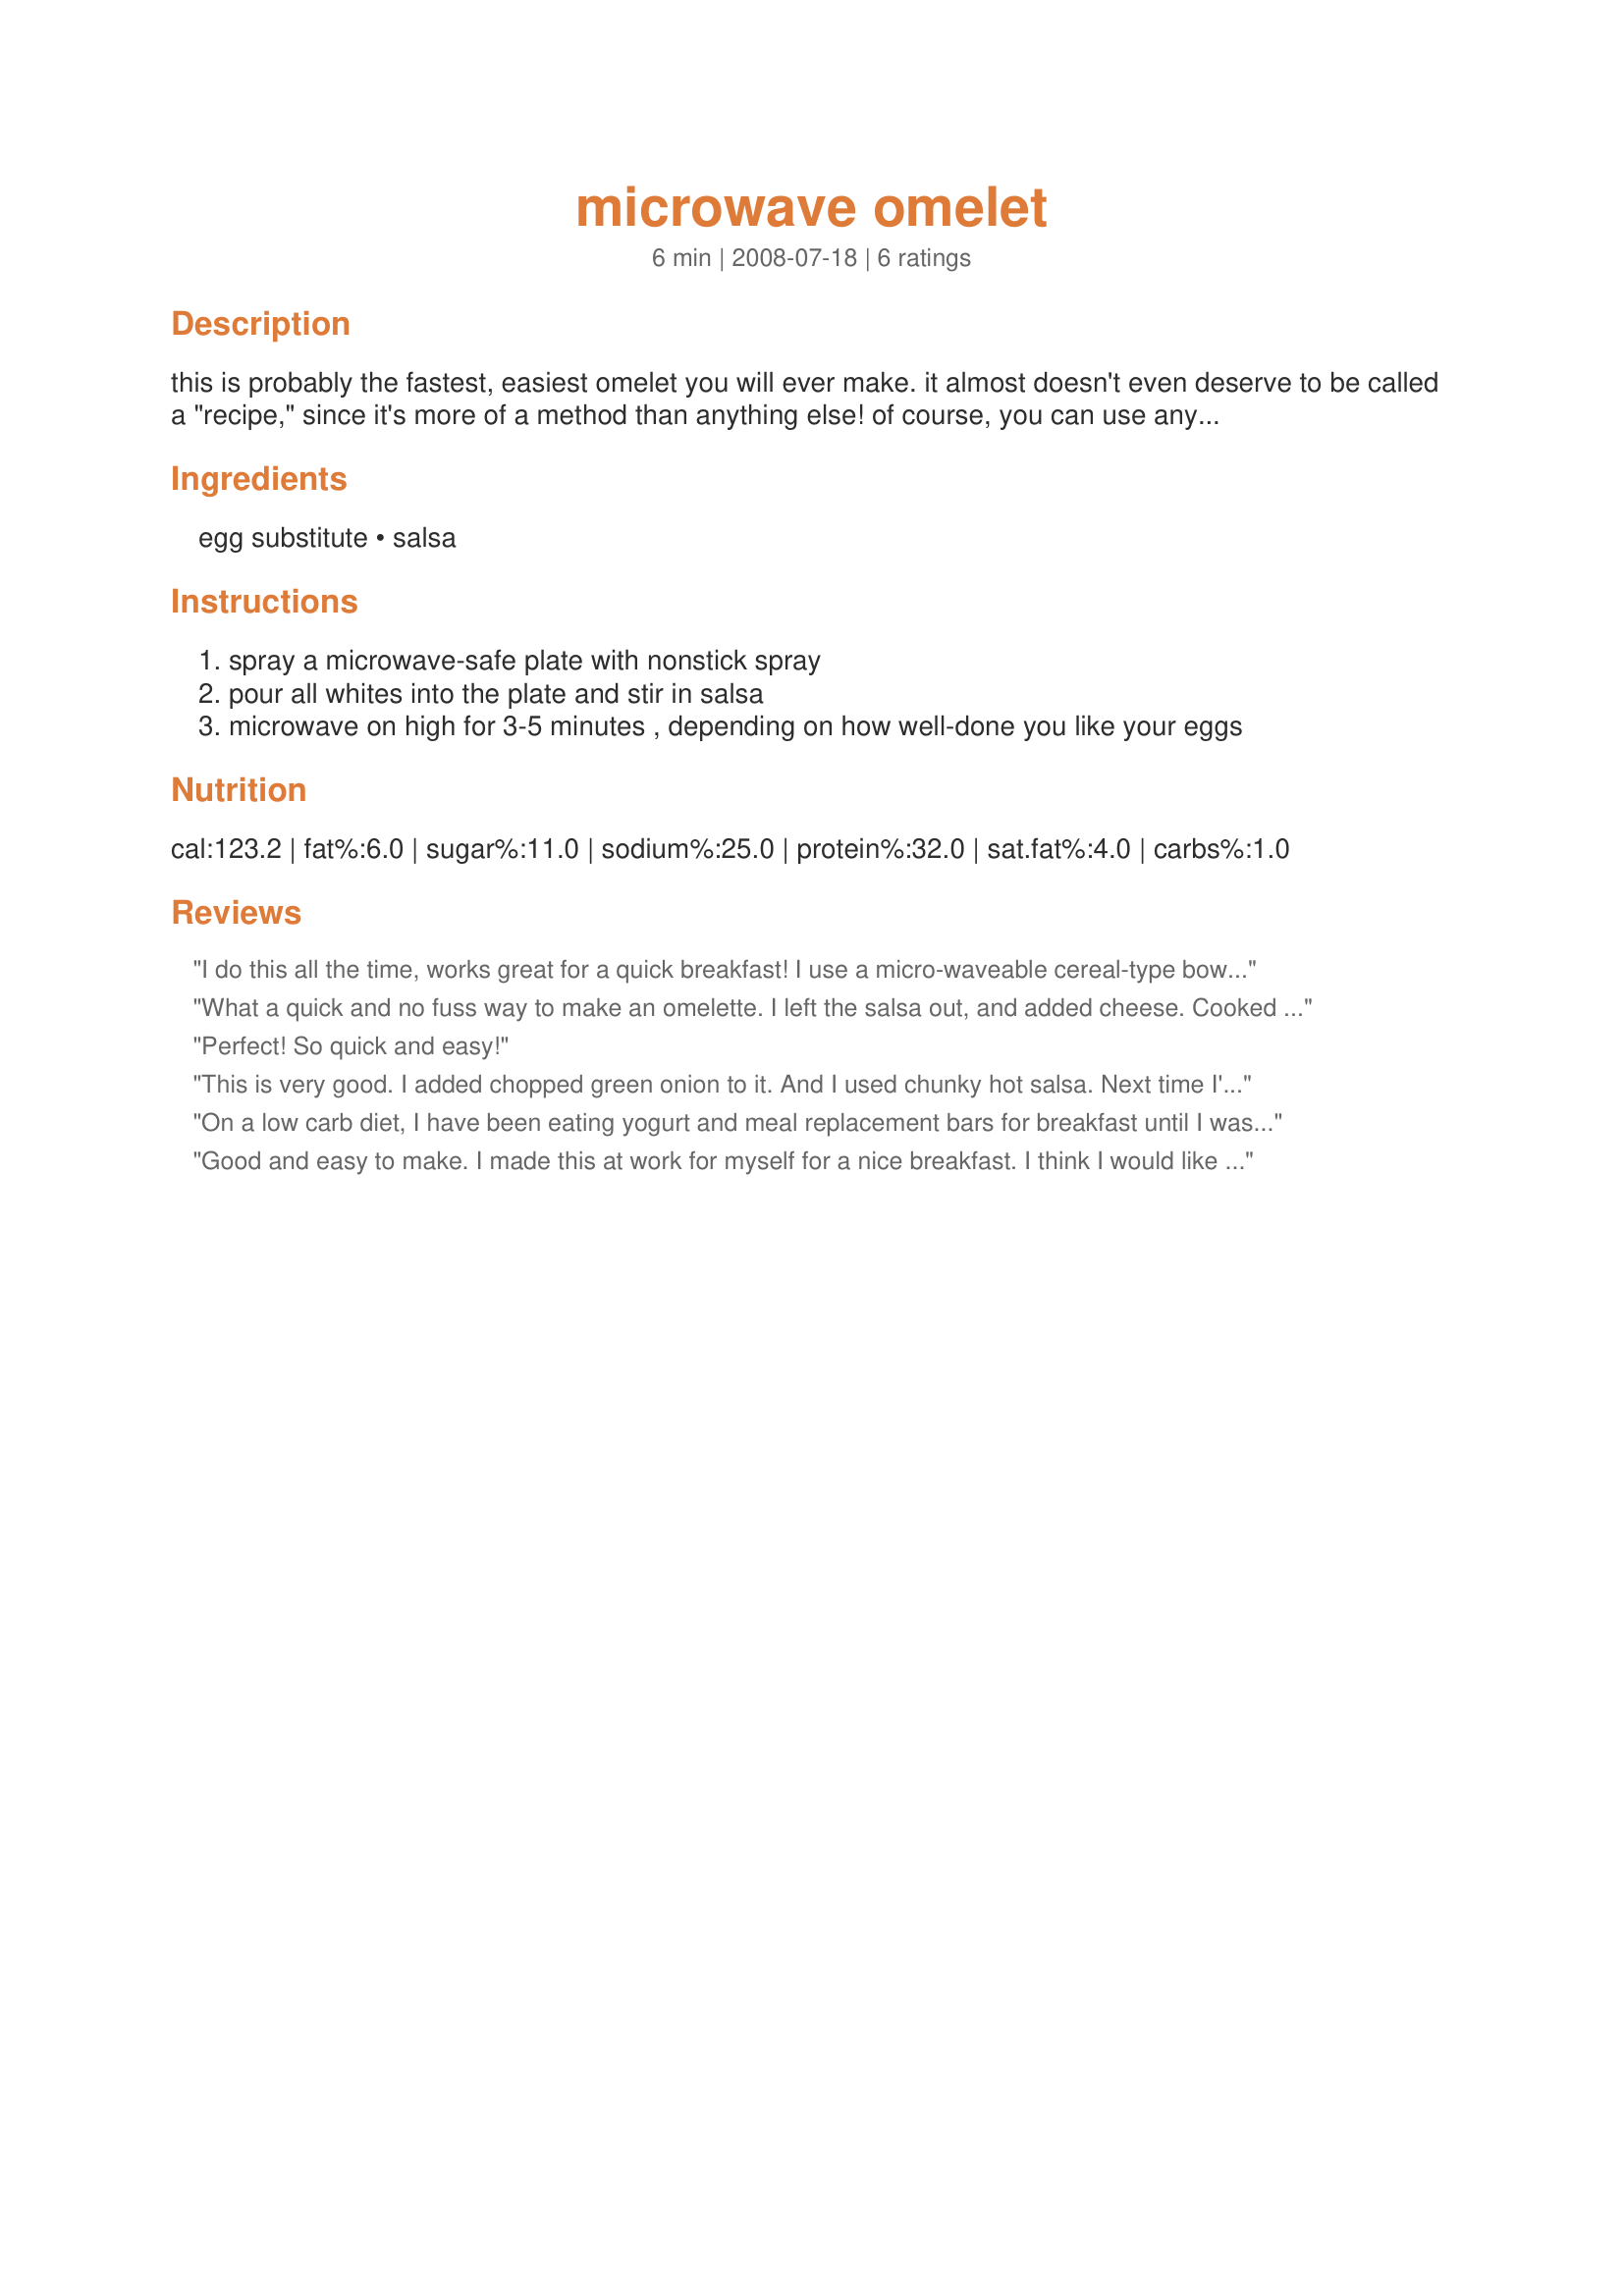
microwave omelet
Preparation time: 6 minutes

this is probably the fastest, easiest omelet you will ever make. it almost doesn't even deserve to be called a "recipe," since it's more of a method than anything else! of course, you can use any type of egg substitute or real eggs; you can also add any type of vegetables, if you'd like! you might want to add salt and pepper to taste, based upon whatever you add to the eggs. i used hot chunky salsa, and i felt that was enough flavor for me.

Ingredients:
egg substitute, salsa

Steps:
spray a microwave-safe plate with nonstick spray
pour all whites into the plate and stir in salsa
microwave on high for 3-5 minutes , depending on how well-done you like your eggs

Reviews:
I do this all the time, works great for a quick breakfast! I use a micro-waveable cereal-type bowl, spray with cooking spray beat up an egg in it and cook for 1 min to 1 min 10 sec. I find I need to give a stir at 30 seconds or so otherwise I get a spot in the center that doesn't want to cook. Good on a couple of slices of toast with a slice of cheese. I've done it with salsa and without, both good! Thx for posting!
What a quick and no fuss way to make an omelette. I left the salsa out, and added cheese. Cooked a double serving with a little melted butter in a large flat bowl for 5 or 6 minutes. A definite do again meal.
Perfect! So quick and easy!
This is very good. I added chopped green onion to it. And I used chunky hot salsa. Next time I'll add just a little bit of cheese. Thanks Brokenburner :) Made for PAC Spring 2010
On a low carb diet, I have been eating yogurt and meal replacement bars for breakfast until I was blue in the face...This recipe is awesome!! I added carb free baby spinach and weight watchers cheese, I will jump out of bed tomorrow for this!!
Good and easy to make. I made this at work for myself for a nice breakfast. I think I would like it better with some cheddar cheese on it.
